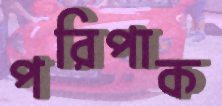
পরিপাক